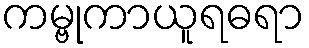
ကမ္ဗုကာယူရဓရာ